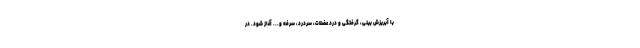
با آبریزش بینی، گرفتگی و درد عضلات، سردرد، سرفه و... آغاز شود. در